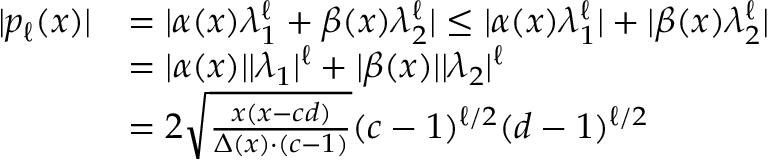
\begin{array} { r l } { | { p _ { \ell } ( x ) } | } & { = | { \alpha ( x ) \lambda _ { 1 } ^ { \ell } + \beta ( x ) \lambda _ { 2 } ^ { \ell } } | \leq | { \alpha ( x ) \lambda _ { 1 } ^ { \ell } } | + | { \beta ( x ) \lambda _ { 2 } ^ { \ell } } | } \\ & { = | { \alpha ( x ) } | | { \lambda _ { 1 } } | ^ { \ell } + | { \beta ( x ) } | | { \lambda _ { 2 } } | ^ { \ell } } \\ & { = 2 \sqrt { \frac { x ( x - c d ) } { \Delta ( x ) \cdot ( c - 1 ) } } ( c - 1 ) ^ { \ell / 2 } ( d - 1 ) ^ { \ell / 2 } } \end{array}